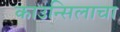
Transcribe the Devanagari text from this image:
काउन्सिलाचा